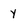
Character: Y